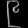
Digit: ၉